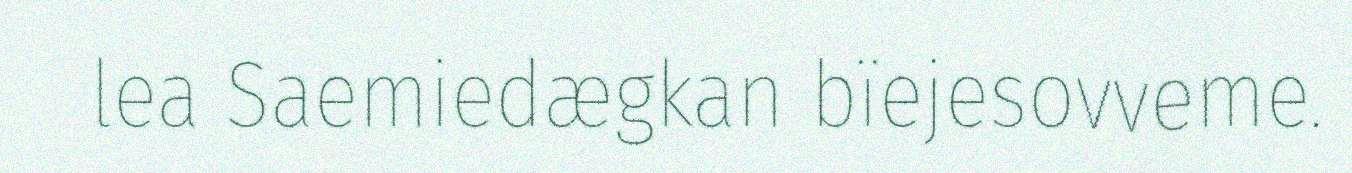
lea Saemiedægkan bïejesovveme.